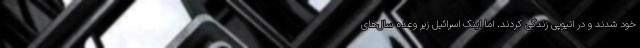
خود شدند و در اتیوپی زندگی کردند. اما اینک اسرائیل زیر وعده سال‌های